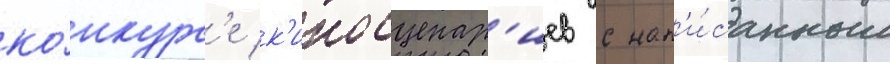
ко́нкурс'е к'иносценар'иев с нап'и́санным